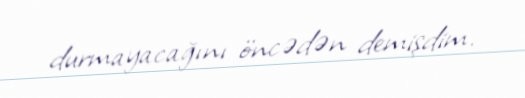
durmayacağını öncədən demişdim.